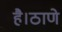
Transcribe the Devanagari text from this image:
है।ठाणे